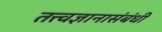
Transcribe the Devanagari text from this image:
तत्त्वज्ञानासंबंधी